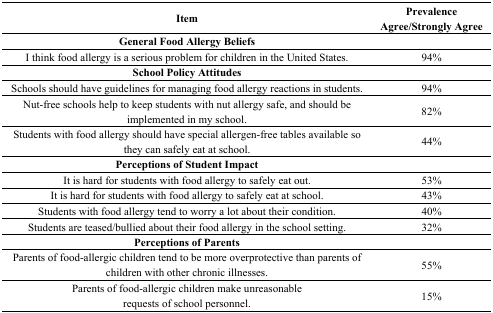
| Item | Prevalence Agree/Strongly Agree |
 | --- | --- |
 | General Food Allergy Beliefs |  |
 | I think food allergy is a serious problem for children in the United States. | 94% |
 | School Policy Attitudes |  |
 | Schools should have guidelines for managing food allergy reactions in students. | 94% |
 | Nut-free schools help to keep students with nut allergy safe, and should be implemented in my school. | 82% |
 | Students with food allergy should have special allergen-free tables available so they can safely eat at school. | 44% |
 | Perceptions of Student Impact |  |
 | It is hard for students with food allergy to safely eat out. | 53% |
 | It is hard for students with food allergy to safely eat at school. | 43% |
 | Students with food allergy tend to worry a lot about their condition. | 40% |
 | Students are teased/bullied about their food allergy in the school setting. | 32% |
 | Perceptions of Parents |  |
 | Parents of food-allergic children tend to be more overprotective than parents of children with other chronic illnesses. | 55% |
 | Parents of food-allergic children make unreasonable requests of school personnel. | 15% |